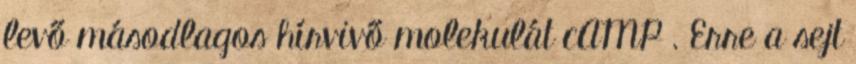
levő másodlagos hírvivő molekulát cAMP . Erre a sejt